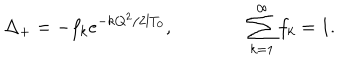
LaTeX: \Delta _ { + } = - f _ { k } e ^ { - k { \bf Q } ^ { 2 } / 2 l T _ { 0 } } , \qquad \qquad \sum _ { k = 1 } ^ { \infty } f _ { k } = 1 .